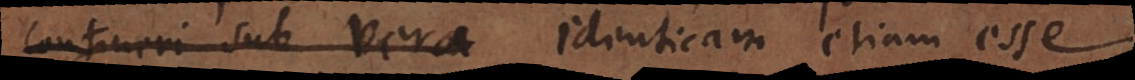
contineri sub vera identicam etiam esse